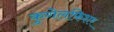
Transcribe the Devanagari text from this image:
कुगेलफिशर